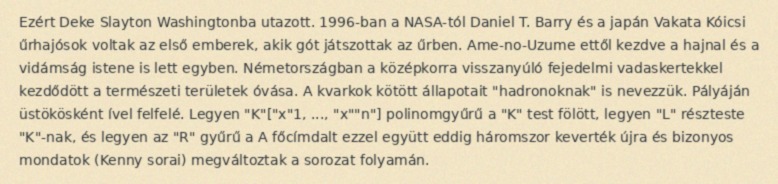
Ezért Deke Slayton Washingtonba utazott. 1996-ban a NASA-tól Daniel T. Barry és a japán Vakata Kóicsi űrhajósok voltak az első emberek, akik gót játszottak az űrben. Ame-no-Uzume ettől kezdve a hajnal és a vidámság istene is lett egyben. Németországban a középkorra visszanyúló fejedelmi vadaskertekkel kezdődött a természeti területek óvása. A kvarkok kötött állapotait "hadronoknak" is nevezzük. Pályáján üstökösként ível felfelé. Legyen "K"["x"1, ..., "x""n"] polinomgyűrű a "K" test fölött, legyen "L" részteste "K"-nak, és legyen az "R" gyűrű a A főcímdalt ezzel együtt eddig háromszor keverték újra és bizonyos mondatok (Kenny sorai) megváltoztak a sorozat folyamán.